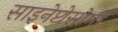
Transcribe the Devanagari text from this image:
साइनेप्टोसोमों